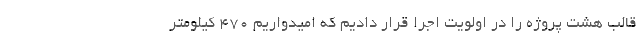
قالب هشت پروژه را در اولویت اجرا قرار دادیم که امیدواریم ۴۷۰ کیلومتر